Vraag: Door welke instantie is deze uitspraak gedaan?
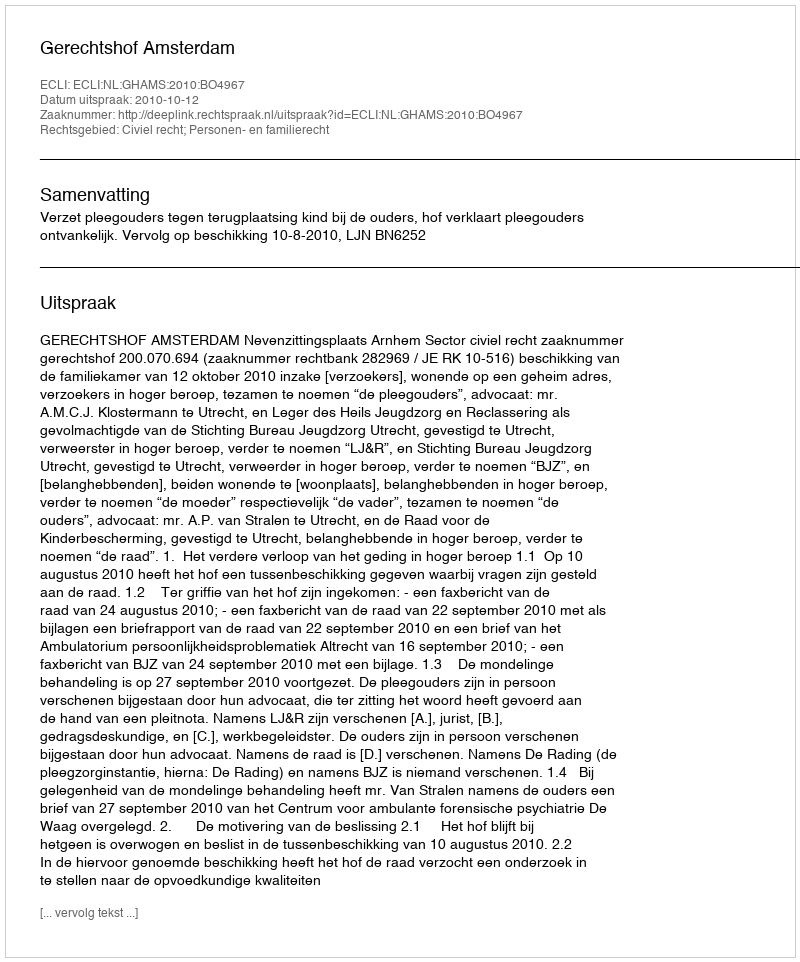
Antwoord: Gerechtshof Amsterdam